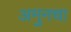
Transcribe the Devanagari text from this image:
अमुनचा